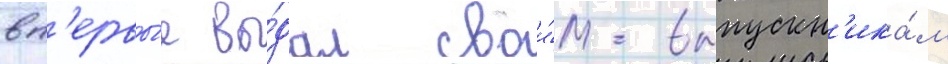
вп'ервы́е вы́дал свои́м выпускн'ика́м